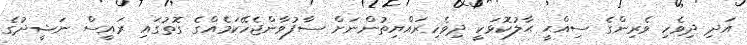
އަދި ދިވެހި ވެރިންގެ ސިއްޙީ ޙާލުކޮޅަކީ ދިވެހިރައްޔިތުންނަށް ސާފުވާންޖެހޭކަމެއްގެ ގޮތުގައި ރައީސް ނަޝީދުގެ